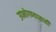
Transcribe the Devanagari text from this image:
उपभोगण्यासाठी